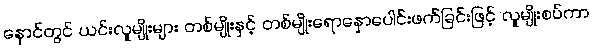
နောင်တွင် ယင်းလူမျိုးများ တစ်မျိုးနှင့် တစ်မျိုးရောနှောပေါင်းဖက်ခြင်းဖြင့် လူမျိုးစပ်ကာ